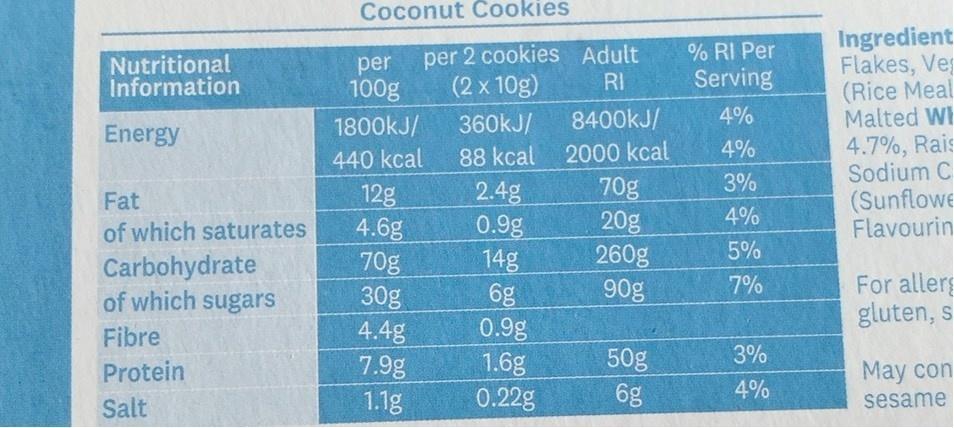
Coconut Cookies
per 2 cookies Adult (2 x 10g)
Ingredient Flakes, Ve (Rice Meal Malted WI
% RI Per
Nutritional Information
per 100g
RI
Serving
1800KJ/
360kJ/
8400KJ/
4%
Energy
4.7%, Rais Sodium C (Sunflowe Flavourin
440 kcal
88 kcal 2000 kcal
4%
3%
70g 20g 260g
2.4g 0.9g 14g 6g 0.9g 1.6g 0.22g
12g 4.6g
Fat
4%
of which saturates
5%
70g 30g 4.4g 7.9g 1.1g
Carbohydrate of which sugars
For allers gluten, s
90g
7%
Fibre
3%
50g 6g
Protein
May con
4%
Salt
sesame